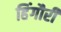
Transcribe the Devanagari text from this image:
हिंगौरी